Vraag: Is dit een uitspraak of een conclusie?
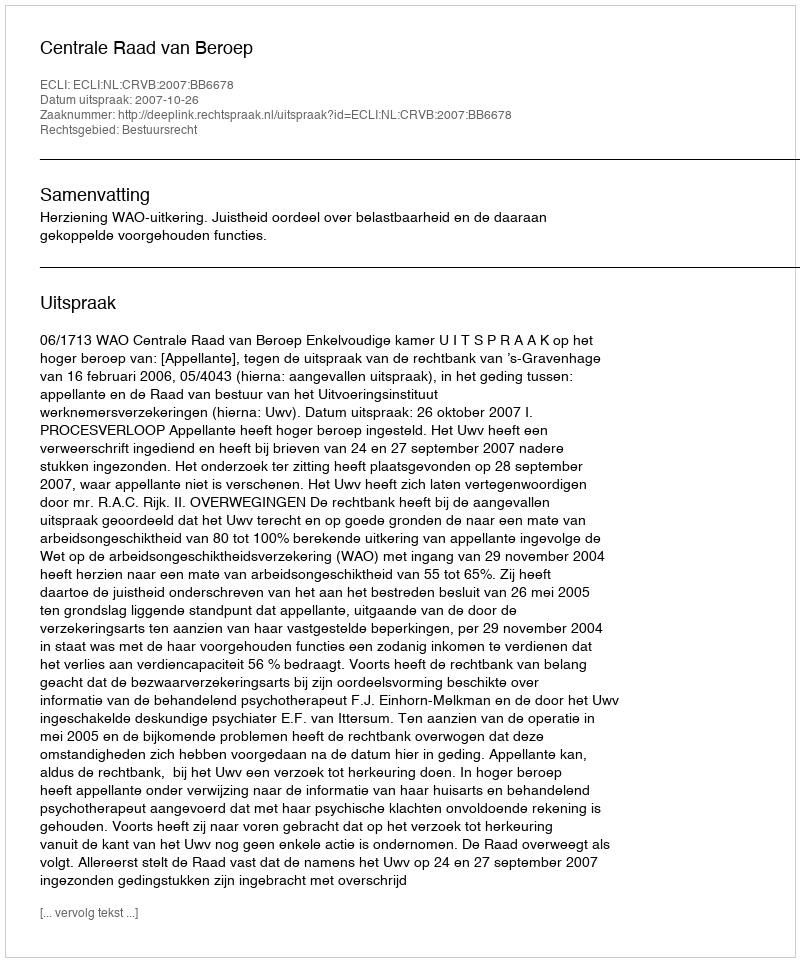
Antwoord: Uitspraak